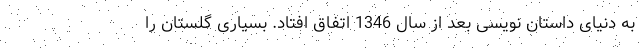
به دنیای داستان نویسی بعد از سال 1346 اتفاق افتاد. بسیاری گلستان را